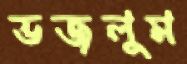
ভজলুম